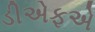
ડીએફએ